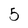
Character: 5